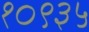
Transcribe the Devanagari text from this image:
१०९३५